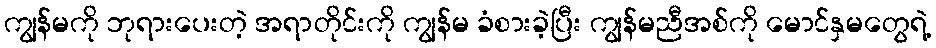
ကျွန်မကို ဘုရားပေးတဲ့ အရာတိုင်းကို ကျွန်မ ခံစားခဲ့ပြီး ကျွန်မညီအစ်ကို မောင်နှမတွေရဲ့